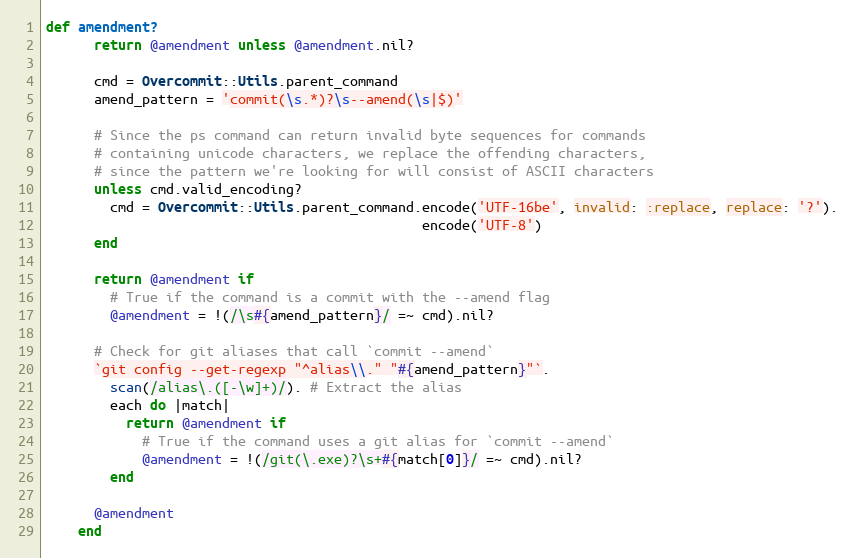
Language: Ruby
def amendment?
      return @amendment unless @amendment.nil?

      cmd = Overcommit::Utils.parent_command
      amend_pattern = 'commit(\s.*)?\s--amend(\s|$)'

      # Since the ps command can return invalid byte sequences for commands
      # containing unicode characters, we replace the offending characters,
      # since the pattern we're looking for will consist of ASCII characters
      unless cmd.valid_encoding?
        cmd = Overcommit::Utils.parent_command.encode('UTF-16be', invalid: :replace, replace: '?').
                                               encode('UTF-8')
      end

      return @amendment if
        # True if the command is a commit with the --amend flag
        @amendment = !(/\s#{amend_pattern}/ =~ cmd).nil?

      # Check for git aliases that call `commit --amend`
      `git config --get-regexp "^alias\\." "#{amend_pattern}"`.
        scan(/alias\.([-\w]+)/). # Extract the alias
        each do |match|
          return @amendment if
            # True if the command uses a git alias for `commit --amend`
            @amendment = !(/git(\.exe)?\s+#{match[0]}/ =~ cmd).nil?
        end

      @amendment
    end